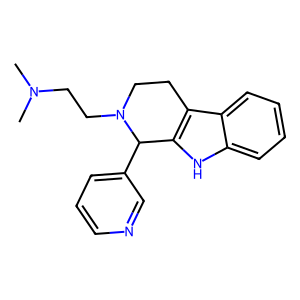
SMILES: CN(C)CCN1CCc2c([nH]c3ccccc23)C1c1cccnc1
Inhibits HIV replication: No